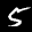
Label: 5